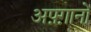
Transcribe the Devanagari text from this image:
अफ़्ग़ानों